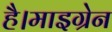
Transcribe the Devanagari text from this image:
है।माइग्रेन